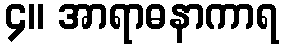
၄။ အာရာဓနာကာရ